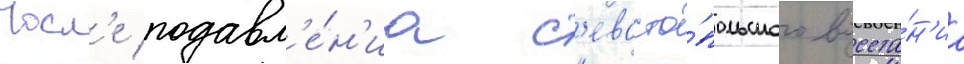
Посл'е подавл'е́н'иа с'евасто́польского восста́н'иа